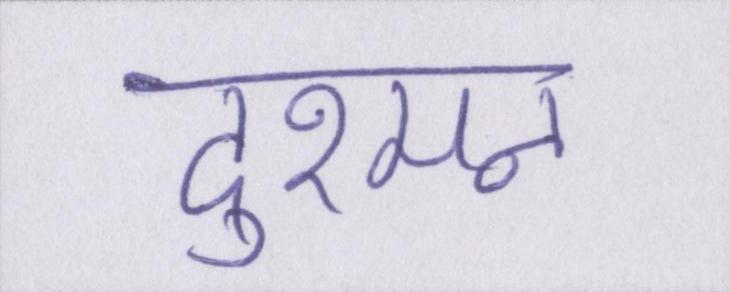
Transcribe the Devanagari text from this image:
दुश्मन